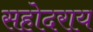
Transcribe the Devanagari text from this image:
सहोदराय